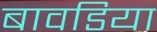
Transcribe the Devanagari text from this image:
बावडिया